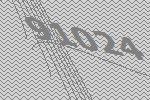
91024